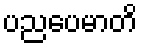
ပညပေမာတိ